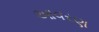
આવરણ